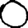
Digit: 0